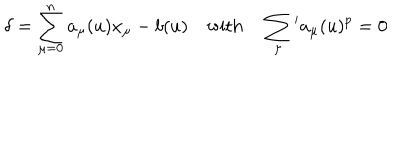
LaTeX: \delta = \sum _ { \mu = 0 } ^ { n } a _ { \mu } ( u ) x _ { \mu } - b ( u ) \quad \mathrm { w i t h } \quad \sum _ { \mu } { } ^ { \prime } a _ { \mu } ( u ) ^ { p } = 0